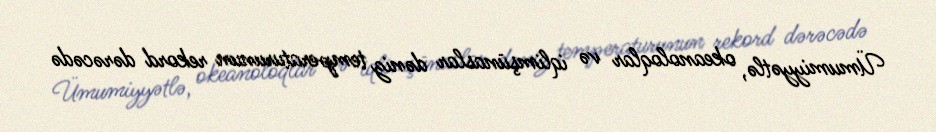
Ümumiyyətlə, okeanoloqlar və iqlimşünaslar dəniz temperaturunun rekord dərəcədə